Scottish Leaving Certificate Examination, 1961
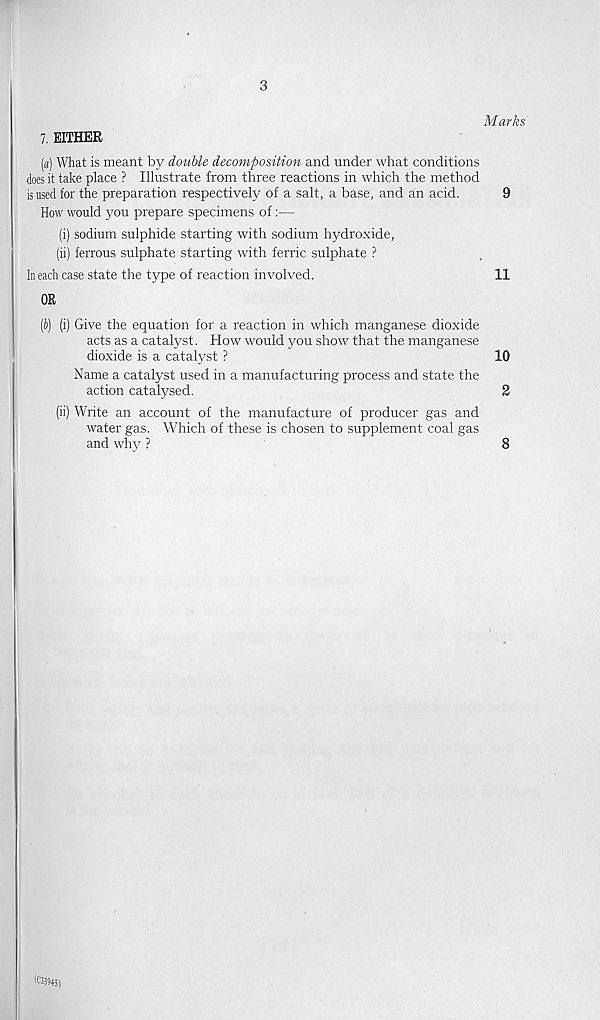
3
Marks
7. EITHER
(a) What is meant by double decomposition and under what conditions
does it take place ? Illustrate from three reactions in which the method
is used for the preparation respectively of a salt, a base, and an acid.
9
How would you prepare specimens of:—
(i) sodium sulphide, starting with sodium hydroxide,
(ii) ferrous sulphate starting with ferric sulphate ?
In each case state the type of reaction involved.
11
OR
(i>) (i) Give the equation for a reaction in which manganese dioxide
acts as a catalyst. How would you show that the manganese
dioxide is a catalyst ?
10
Name a catalyst used in a manufacturing process and state the
action catalysed.
2
(ii) Write an account of the manufacture of producer gas and
water gas. Which of these is chosen to supplement coal gas
and why ?
8
(03945)